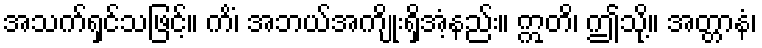
အသက်ရှင်သဖြင့်။ ကိံ၊ အဘယ်အကျိုးရှိအံ့နည်း။ ဣတိ၊ ဤသို့။ အတ္တာနံ၊